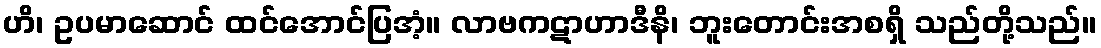
ဟိ၊ ဥပမာဆောင် ထင်အောင်ပြအံ့။ လာဗကဋာဟာဒီနိ၊ ဘူးတောင်းအစရှိ သည်တို့သည်။